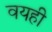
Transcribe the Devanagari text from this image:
वयही